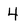
Character: 4